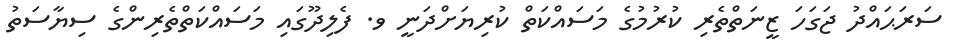
ސަރަޙައްދު ޖަގަހަ ޒީނަތްތެރި ކުރުމުގެ މަސައްކަތް ކުރިޔަށްދަނީ ވ. ފެލިދޫގައި މަސައްކަތްތެރިންގެ ސިޔާސަތު